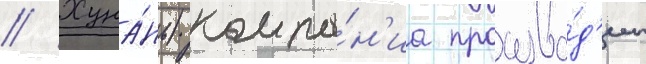
// Хуна́нь) компа́н'иа произво́д'ит